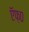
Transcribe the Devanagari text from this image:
ऍफ़०